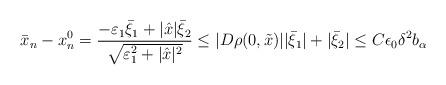
LaTeX: \begin{align*}\bar{x}_n - x_n^0 = \frac{- \varepsilon_1 \bar{\xi}_1 + |\hat{x}| \bar{\xi}_2}{\sqrt{\varepsilon_1^2 + |\hat{x}|^2}} \leq |D \rho (0, \tilde{x})| |\bar{\xi}_1| + |\bar{\xi}_2| \leq C \epsilon_0 \delta^2 b_\alpha\end{align*}